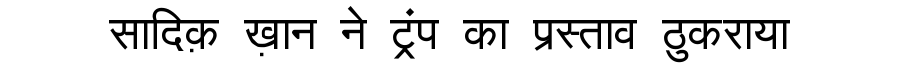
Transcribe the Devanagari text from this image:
सादिक़ ख़ान ने ट्रंप का प्रस्ताव ठुकराया